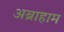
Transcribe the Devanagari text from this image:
अब्राहाम